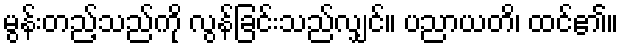
မွန်းတည့်သည်ကို လွန်ခြင်းသည်လျှင်။ ပညာယတိ၊ ထင်၏။